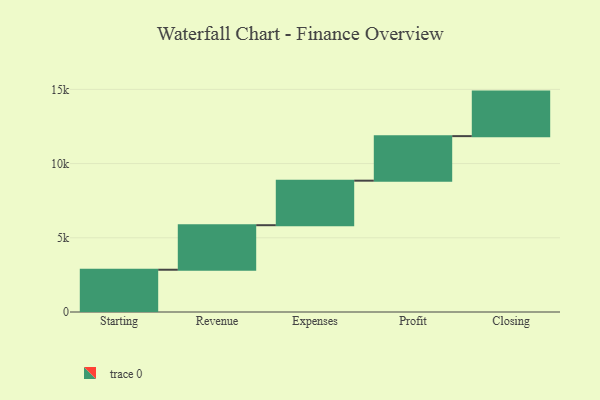
{"axis": {"x": "Step", "y": "Value"}, "legend": [""], "data": [{"x": "Starting", "y": 2847.0, "type": ""}, {"x": "Revenue", "y": 3000, "type": ""}, {"x": "Expenses", "y": 3000, "type": ""}, {"x": "Profit", "y": 3000, "type": ""}, {"x": "Closing", "y": 3000, "type": ""}]}